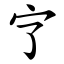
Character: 㝋